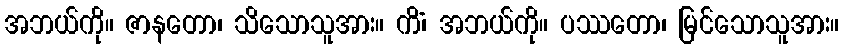
အဘယ်ကို။ ဇာနတော၊ သိသောသူအား။ ကိံ၊ အဘယ်ကို။ ပဿတော၊ မြင်သောသူအား။